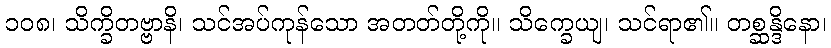
၁၀၈၊ သိက္ခိတဗ္ဗာနိ၊ သင်အပ်ကုန်သော အတတ်တို့ကို။ သိက္ခေယျ၊ သင်ရာ၏။ တစ္ဆန္ဒိနော၊